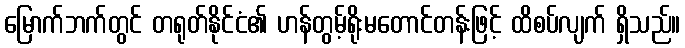
မြောက်ဘက်တွင် တရုတ်နိုင်ငံ၏ ဟန်တွမ့်ရိုးမတောင်တန်းဖြင့် ထိစပ်လျက် ရှိသည်။